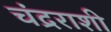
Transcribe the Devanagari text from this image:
चंद्रराशी